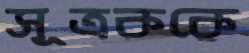
সূত্রককে